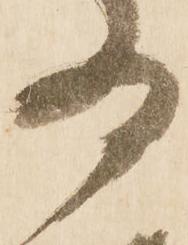
為